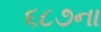
૬૮૭ના